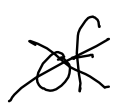
Text: of
Cross-out: cross
Writing tool: digital_black